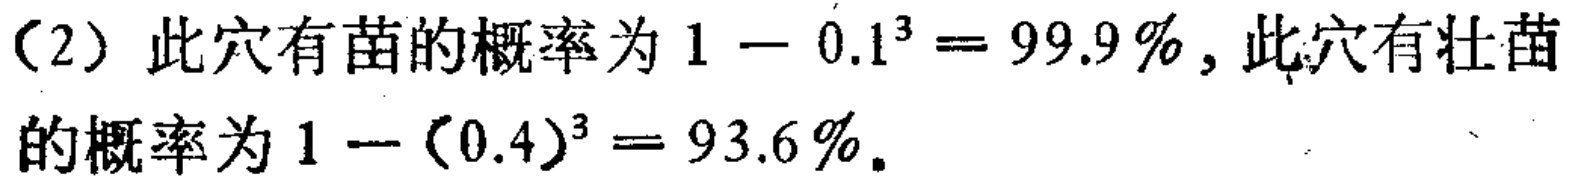
（2）此穴有苗的概率为\(1 - 0.1^{3}=99.9\%\)，此穴有壮苗的概率为\(1 - (0.4)^{3}=93.6\%\)。